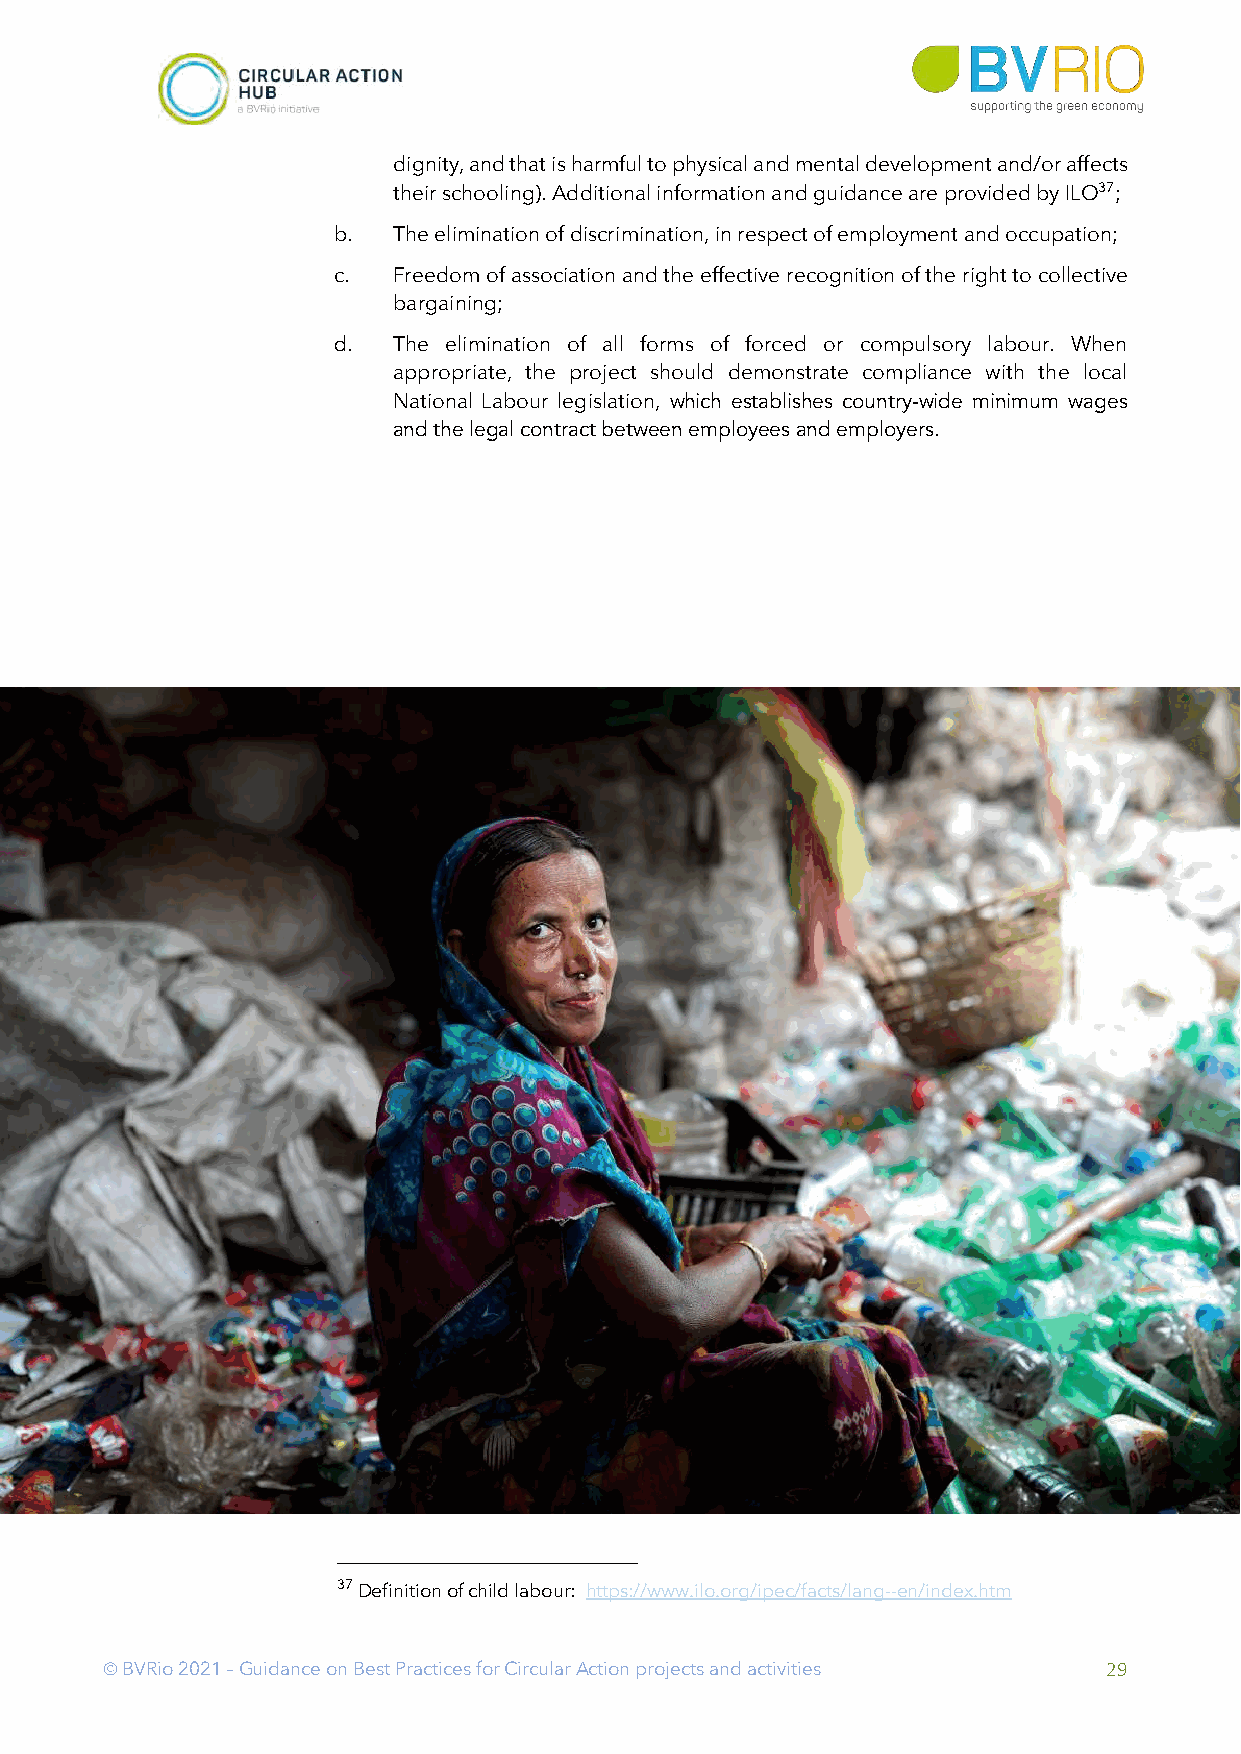
dignity, and that is harmful to physical and mental development and/or affects
 their schooling). Additional information and guidance are provided by ILO37;
 b.  The elimination of discrimination, in respect of employment and occupation;
 c.  Freedom of association and the effective recognition of the right to collective
 bargaining;
 d.  The elimination of all forms of forced or compulsory labour. When
 appropriate, the project should demonstrate compliance with the local
 National Labour legislation, which establishes country-wide minimum wages
 and the legal contract between employees and employers.
 37 Definition of child labour: https://www.ilo.org/ipec/facts/lang--en/index.htm
 Ó BVRio 2021 – Guidance on Best Practices for Circular Action projects and activities 29